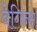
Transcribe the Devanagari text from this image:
वेगिन्स